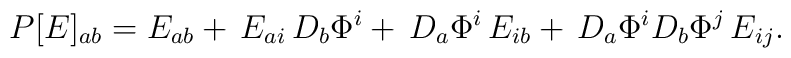
P[E]_{ab}=E_{ab}+\,E_{ai}\,D_{b}\Phi^i+\,D_{a}\Phi^i\,E_{ib}+\,D_a\Phi^iD_b\Phi^j\,E_{ij} .